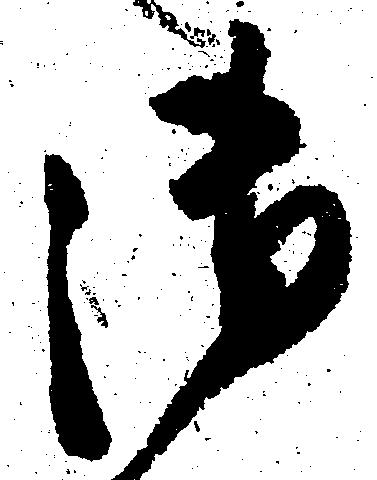
御